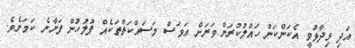
އަދި ވިދާޅުވީ އެކަންކަން ހައްލުކުރަން ވަރަށް އަވަސް މަސައްކަތްތަކެއް ފުލުހުން ފަށާނެ ކަމަށެވެ.